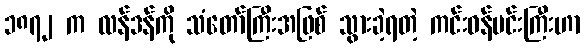
၁၈၇၂ က လန်ဒန်ကို သံတော်ကြီးအဖြစ် သွားခဲ့ရတဲ့ ကင်းဝန်မင်းကြီးဟာ